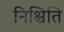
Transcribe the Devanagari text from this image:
निश्चिति